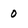
Character: 0